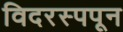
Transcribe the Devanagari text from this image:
विदरस्पपून